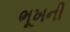
ભૂખની